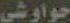
حواوشی